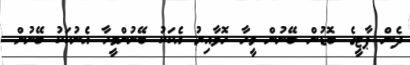
ދެން ޕާޓީގެ ބޮޑުން ބޭނުން މީހާ ހޮވާއިރު އެކަކު ބޭނުންމީހާ އެނުކަކު ބޭނުން